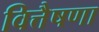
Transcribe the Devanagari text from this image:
वित्तैषणा